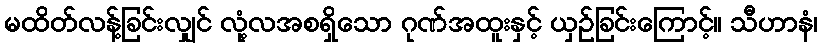
မထိတ်လန့်ခြင်းလျှင် လုံ့လအစရှိသော ဂုဏ်အထူးနှင့် ယှဉ်ခြင်းကြောင့်။ သီဟာနံ၊